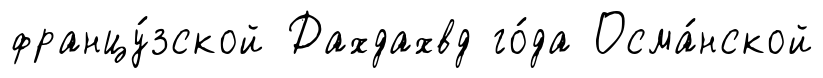
францу́зской Дахдахвд го́да Осма́нской